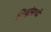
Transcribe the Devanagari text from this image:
सिद्धांमध्यें